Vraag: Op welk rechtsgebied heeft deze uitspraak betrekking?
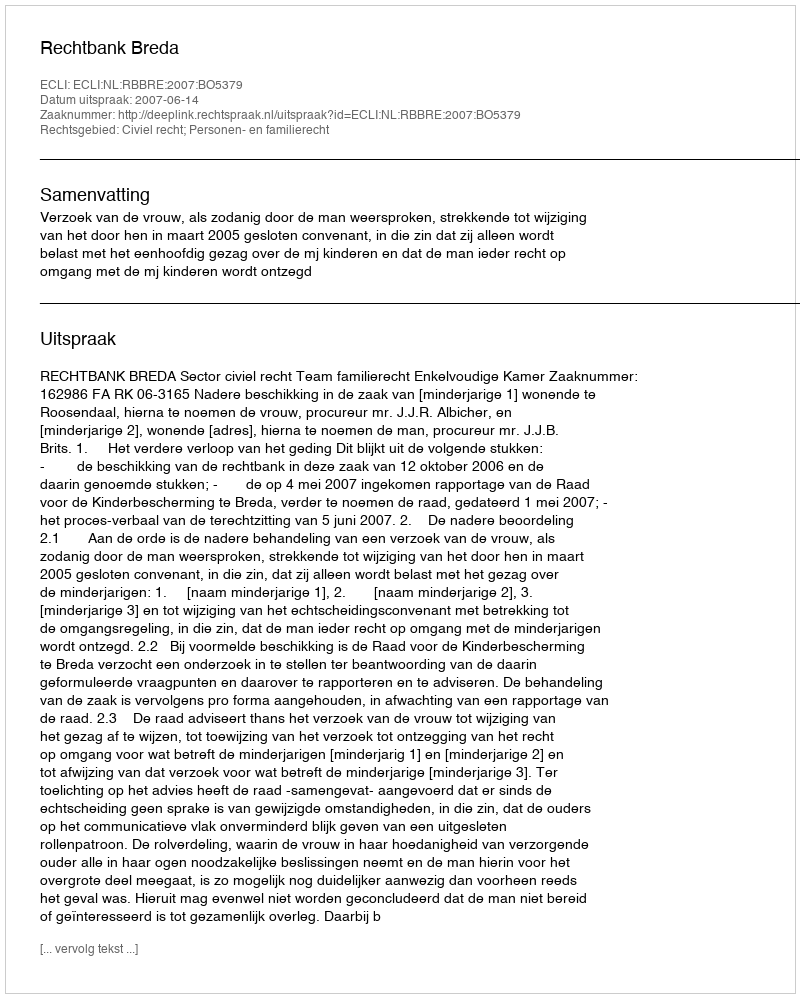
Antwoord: Civiel recht; Personen- en familierecht